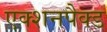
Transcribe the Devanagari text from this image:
एक्शनपैक्ड